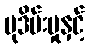
မုဒိမ်းမှုနှင့်